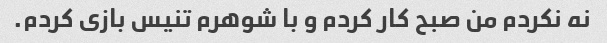
نه نکردم من صبح کار کردم و با شوهرم تنیس بازی کردم.